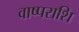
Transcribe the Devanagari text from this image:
वाष्पराशि